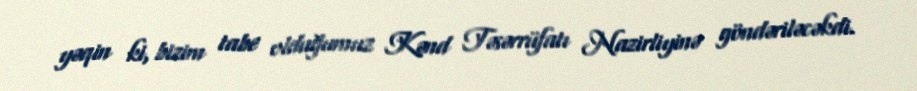
yəqin ki, bizim tabe olduğumuz Kənd Təsərrüfatı Nazirliyinə göndəriləcəkdi.